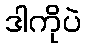
ဒါကိုပဲ